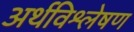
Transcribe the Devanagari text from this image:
अर्थविश्लेषण